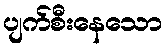
ပျက်စီးနေသော